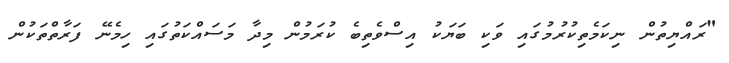
"ރައްޔިތުން ނިކަމެތިކުރުމުގައި ވަކި ބަޔަކު އިސްވެތިބެ ކުރަމުން މިދާ މަސައްކަތުގައި ހިމެނޭ ފަރާތްތަކުން